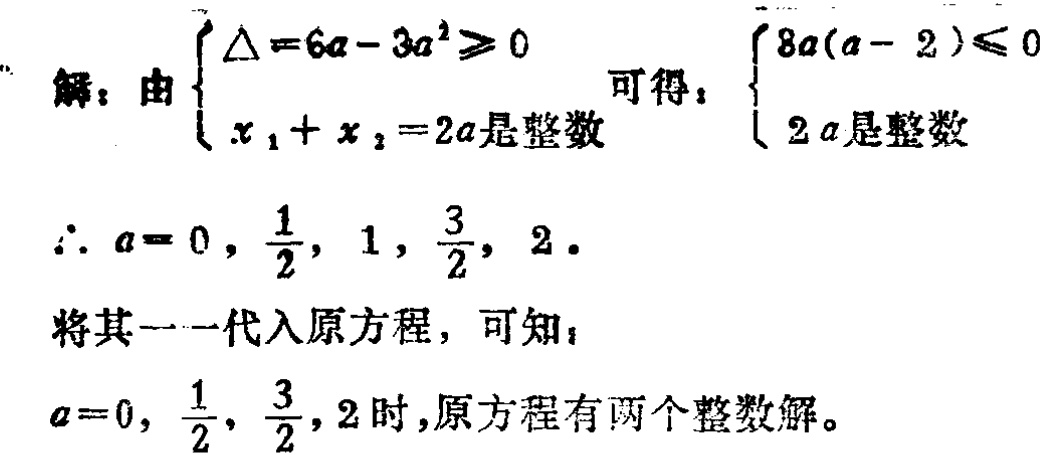
解：由$\begin{cases}
\Delta = 6a - 3a^{2} \geqslant 0 \\
x_{1} + x_{2} = 2a\text{是整数}
\end{cases}$可得：$\begin{cases}
8a(a - 2) \leqslant 0 \\
2a\text{是整数}
\end{cases}$
$\therefore a = 0,\frac{1}{2},1,\frac{3}{2},2.$
将其逐一代入原方程，可知：
$a = 0,\frac{1}{2},\frac{3}{2},2$时，原方程有两个整数解。